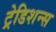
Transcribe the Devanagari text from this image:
ट्रेडिशन्स